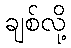
ချစ်လို့